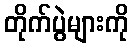
တိုက်ပွဲများကို